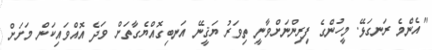
"އެންމެ ރަނގަޅޭ. މީހުންގެ ފިރިންނަށްވާނީ ތިވަރު ޔަޤީނޭ އަނބިގޮއްޔެގާތަށް ވަދެ އޮއްވައިކަން މަށަށް